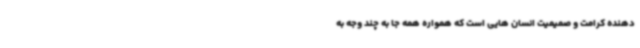
دهنده کرامت و صمیمیت انسان‌ هایی است که همواره همه جا به چند وجه به